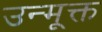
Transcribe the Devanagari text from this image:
उन्मूक्त